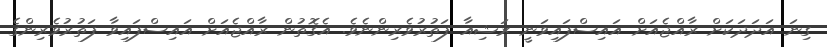
ގިނަ އަދަަދަކަށް ރާއްޖެއަށް އައިސްފައިވަނީ ރަޝިއާ ފަތުރުވެރިންނެވެ. އެގޮތުން ރާއްޖެއަށް އައިސްފައިވާ ފަތުރުވެރިންގެ